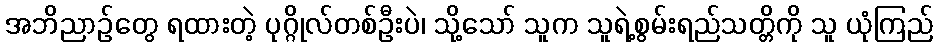
အဘိညာဉ်တွေ ရထားတဲ့ ပုဂ္ဂိုလ်တစ်ဦးပဲ၊ သို့သော် သူက သူရဲ့စွမ်းရည်သတ္တိကို သူ ယုံကြည်